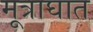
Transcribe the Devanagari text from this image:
मूत्राघात